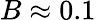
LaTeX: B\approx 0.1